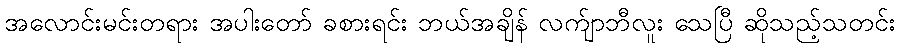
အလောင်းမင်းတရား အပါးတော် ခစားရင်း ဘယ်အချိန် လက်ျာဘီလူး သေပြီ ဆိုသည့်သတင်း